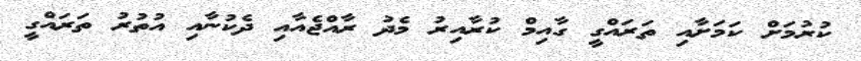
ކުރުމަށް ކަމަށާއި ތަރައްގީ ގާއިމް ކުރާއިރު މެދު ރާއްޖެއާއި ދެކުނާއި އުތުރު ތަރައްގީ